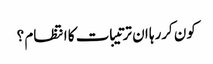
کون کررہا ان ترتیبات کا انتظام ؟